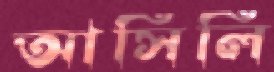
আসিলি